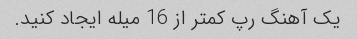
یک آهنگ رپ کمتر از 16 میله ایجاد کنید.